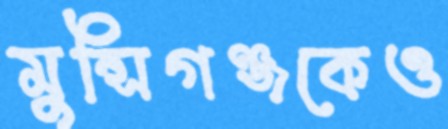
মুন্সিগঞ্জকেও